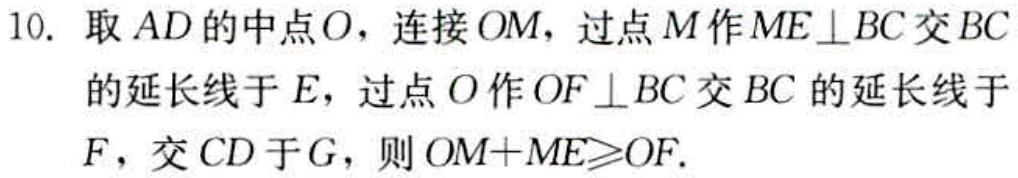
10. 取 \(AD\) 的中点 \(O\)，连接 \(OM\)，过点 \(M\) 作 \(ME\perp BC\) 交 \(BC\) 的延长线于 \(E\)，过点 \(O\) 作 \(OF\perp BC\) 交 \(BC\) 的延长线于 \(F\)，交 \(CD\) 于 \(G\)，则 \(OM + ME\geqslant OF\).